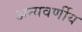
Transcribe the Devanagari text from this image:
अन्यवर्णीय